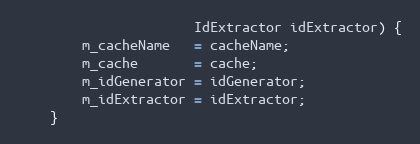
Language: Java
                      IdExtractor idExtractor) {
        m_cacheName   = cacheName;
        m_cache       = cache;
        m_idGenerator = idGenerator;
        m_idExtractor = idExtractor;
    }